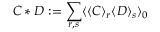
C * D : = \sum _ { r , s } \langle \langle C \rangle _ { r } \langle D \rangle _ { s } \rangle _ { 0 }